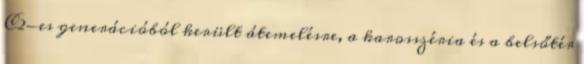
C2-es generációból került átemelésre, a karosszéria és a belsőtér